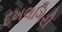
દખલગિરી